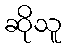
ဆိုသူ